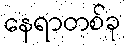
နေရာတစ်ခု